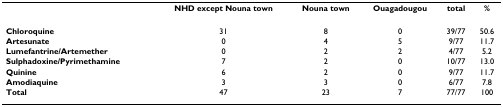
<table><thead><tr><td></td><td><b>NHD except Nouna town</b></td><td><b>Nouna town</b></td><td><b>Ouagadougou</b></td><td><b>total</b></td><td><b>%</b></td></tr></thead><tbody><tr><td><b>Chloroquine</b></td><td>31</td><td>8</td><td>0</td><td>39/77</td><td>50.6</td></tr><tr><td><b>Artesunate</b></td><td>0</td><td>4</td><td>5</td><td>9/77</td><td>11.7</td></tr><tr><td><b>Lumefantrine/Artemether</b></td><td>0</td><td>2</td><td>2</td><td>4/77</td><td>5.2</td></tr><tr><td><b>Sulphadoxine/Pyrimethamine</b></td><td>7</td><td>2</td><td>0</td><td>10/77</td><td>13.0</td></tr><tr><td><b>Quinine</b></td><td>6</td><td>2</td><td>0</td><td>9/77</td><td>11.7</td></tr><tr><td><b>Amodiaquine</b></td><td>3</td><td>3</td><td>0</td><td>6/77</td><td>7.8</td></tr><tr><td><b>Total</b></td><td>47</td><td>23</td><td>7</td><td>77/77</td><td>100</td></tr></tbody></table>